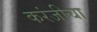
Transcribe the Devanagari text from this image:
करंजीचा